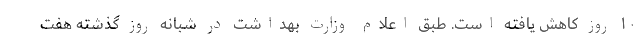
۱۰ روز کاهش یافته است. طبق اعلام وزارت بهداشت در شبانه روز گذشته هفت